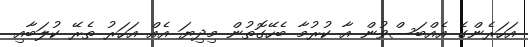
އަހަރެންގެ އެއްބަސްވުން އާ ކުރުމާ ބެހޭގޮތުން މިދިޔަ އެއް އަހަރު ތެރޭ ކުލަބާއި